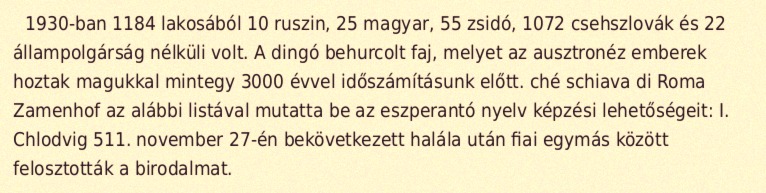
1930-ban 1184 lakosából 10 ruszin, 25 magyar, 55 zsidó, 1072 csehszlovák és 22 állampolgárság nélküli volt. A dingó behurcolt faj, melyet az ausztronéz emberek hoztak magukkal mintegy 3000 évvel időszámításunk előtt. ché schiava di Roma Zamenhof az alábbi listával mutatta be az eszperantó nyelv képzési lehetőségeit: I. Chlodvig 511. november 27-én bekövetkezett halála után fiai egymás között felosztották a birodalmat.